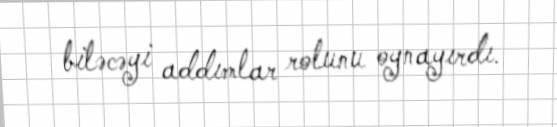
biləcəyi addımlar rolunu oynayırdı.